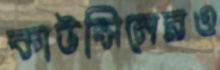
কাউন্সিলেরও